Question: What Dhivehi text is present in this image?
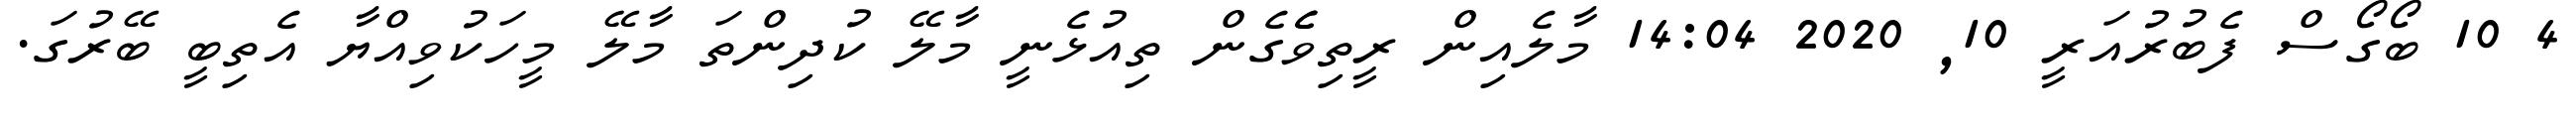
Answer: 4 10 ބޯގޯސް ފެބުރުއަރީ 10, 2020 14:04 މާލެއިން ރީތިވެެގެން ތިއުޅެނީ މާލޭ ކުދިންތަ މާލޭ މީހަކުވިއްޔާ އެތިބީ ބޭރުގަ.